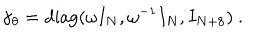
\gamma _ { \theta } = \mathrm { d i a g } ( \omega I _ { N } , \omega ^ { - 1 } I _ { N } , I _ { N + 8 } ) ~ .